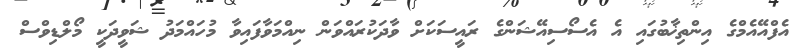
އެފްއޭއެމްގެ އިންތިޚާބުގައި އެ އެސޯސިއޭޝަންގެ ރައީސަކަށް ވާދަކުރައްވަން ނިއްމަވާފައިވާ މުހައްމަދު ޝަވީދަކީ މޯލްޑިވްސް